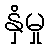
နှံမှု